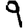
Digit: 9